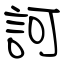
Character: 訶